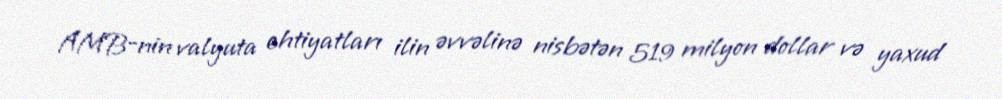
AMB-nin valyuta ehtiyatları ilin əvvəlinə nisbətən 519 milyon dollar və yaxud